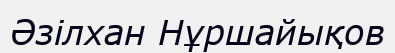
Әзілхан Нұршайықов